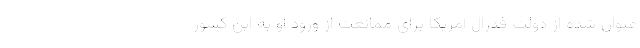
عنوان شده از دولت فدرال آمریکا برای ممانعت از ورود او به این کشور